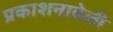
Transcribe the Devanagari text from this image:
प्रकाशनावेळी